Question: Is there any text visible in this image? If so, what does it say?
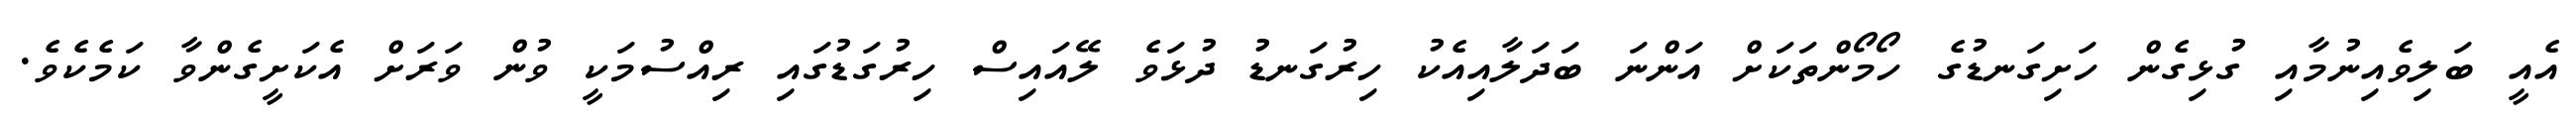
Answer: އެއީ ބަލިވެއިނުމާއި ގުޅިގެން ހަށިގަނޑުގެ ހޯމޯންތަކަށް އަންނަ ބަދަލާއިއެކު ހިރުގަނޑު ދުޅަވެ ލޭއައިސް ހިރުގަޑުގައި ރިއްސުމަކީ ވުން ވަރަށް އެކަށީގެންވާ ކަމެކެވެ.